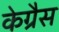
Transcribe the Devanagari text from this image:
केग्रैस